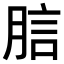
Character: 𧦗